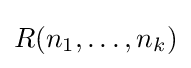
R(n_{1},\ldots ,n_{k})